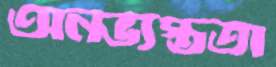
অনভ্যস্ততা